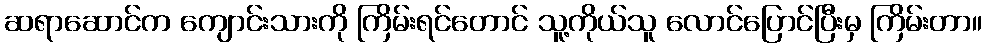
ဆရာဆောင်က ကျောင်းသားကို ကြိမ်းရင်တောင် သူ့ကိုယ်သူ လောင်ပြောင်ပြီးမှ ကြိမ်းတာ။